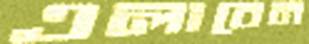
এলাবেন